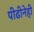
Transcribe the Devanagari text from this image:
पीढीनेही